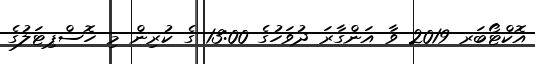
އޮކްޓޯބަރ 2019 ވާ އަންގާރަ ދުވަހުގެ 13:00 ގެ ކުރިން މި ހޮސްޕިޓަލުގެ